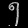
Digit: ၅